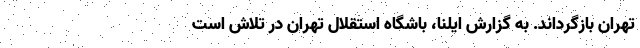
تهران بازگرداند. به گزارش ایلنا، باشگاه استقلال تهران در تلاش است